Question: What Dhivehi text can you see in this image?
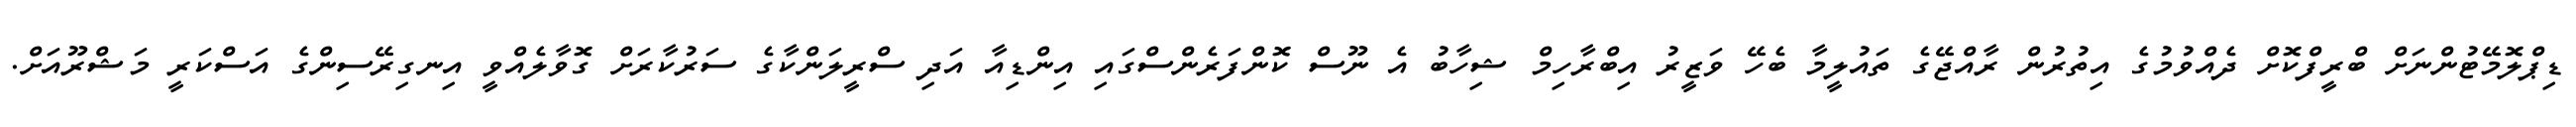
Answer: ޑިޕްލޮމޭޓުންނަށް ބްރީފްކޮށް ދެއްވުމުގެ އިތުރުން ރާއްޖޭގެ ތައުލީމާ ބެހޭ ވަޒީރު އިބްރާހިމް ޝިހާބު އެ ނޫސް ކޮންފަރެންސްގައި އިންޑިއާ އަދި ސްރީލަންކާގެ ސަރުކާރަށް ގޮވާލެއްވީ އިނގިރޭސިންގެ އަސްކަރީ މަޝްރޫއަށް.